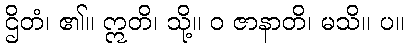
ဌိတံ၊ ၏။ ဣတိ၊ သို့။ ဝ ဇာနာတိ၊ မသိ။ ပ။